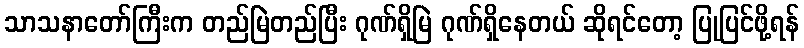
သာသနာတော်ကြီးက တည်မြဲတည်ပြီး ဂုဏ်ရှိမြဲ ဂုဏ်ရှိနေတယ် ဆိုရင်တော့ ပြုပြင်ဖို့ရန်